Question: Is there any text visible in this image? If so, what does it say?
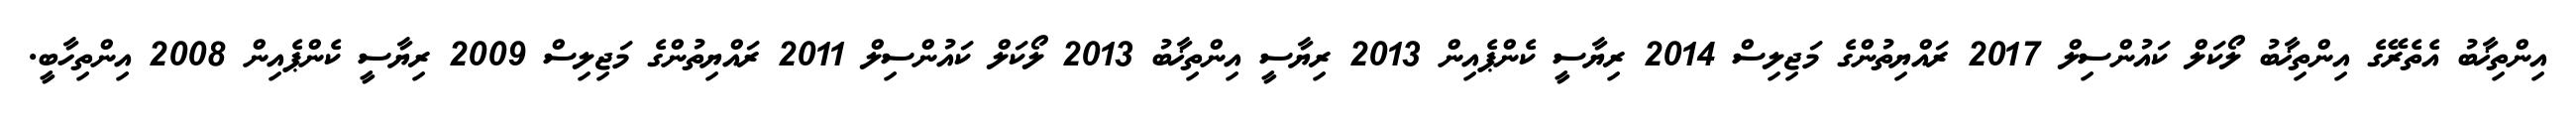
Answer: އިންތިޚާބު އެތެރޭގެ އިންތިޚާބު ލޯކަލް ކައުންސިލް 2017 ރައްޔިތުންގެ މަޖިލިސް 2014 ރިޔާސީ ކެންޕެއިން 2013 ރިޔާސީ އިންތިޚާބު 2013 ލޯކަލް ކައުންސިލް 2011 ރައްޔިތުންގެ މަޖިލިސް 2009 ރިޔާސީ ކެންޕެއިން 2008 އިންތިހާބީ.